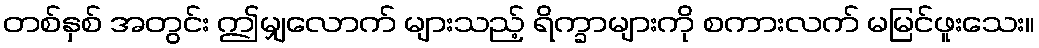
တစ်နှစ် အတွင်း ဤမျှလောက် များသည့် ရိက္ခာများကို စကားလက် မမြင်ဖူးသေး။